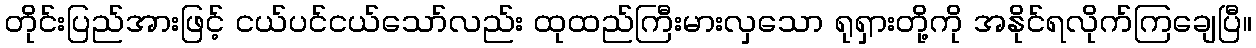
တိုင်းပြည်အားဖြင့် ငယ်ပင်ငယ်သော်လည်း ထုထည်ကြီးမားလှသော ရုရှားတို့ကို အနိုင်ရလိုက်ကြချေပြီ။